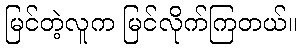
မြင်တဲ့လူက မြင်လိုက်ကြတယ်။